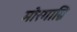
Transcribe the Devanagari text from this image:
मोरगाग्नि